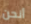
أنحن